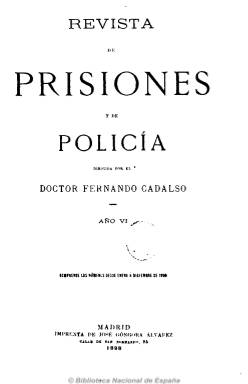
Título: Revista de prisiones y de policía
Colección: Establecimientos penitenciarios || Fuerzas del orden
Ámbito geográfico: Madrid
Lugar de publicación: Madrid
Fechas: 01/01/1898-24/12/1898

Es continuación de la Revista de las prisiones que comenzara a publicarse en 1893 en Madrid, que continúa siendo dirigida por Fernando Cadalso, y a la que se le añade una nueva sección dedicada a policía, después de que en 1896 se creara el cuerpo de la judicial adscrita a los tribunales de Madrid y Barcelona. Como su título anterior, contiene artículos doctrinales y de fondo sobre política penitenciara y su cuerpo de penales, con estadísticas sobre la población reclusa y nombramientos, traslados y vida administrativa de estos funcionarios. Asimismo publica sueltos y noticias, normativa y bibliografía sobre la materia.

Aparece cuatro veces al mes (los días 1, 8, 16 y 24), y reduce su paginación de 16 a 8 páginas por número. El último del año contiene un índice anual de contenidos. Será continuada por el título Revista de las prisiones (1899-1903).